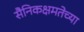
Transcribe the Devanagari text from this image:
सैनिकक्षमतेच्या